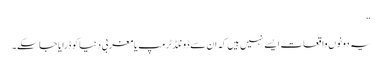
“
یہ دونوں واقعات ایسے نہیں ہیں کہ ان سے ڈونلڈ ٹرمپ یا مغربی دنیا کو ڈرایا جا سکے۔